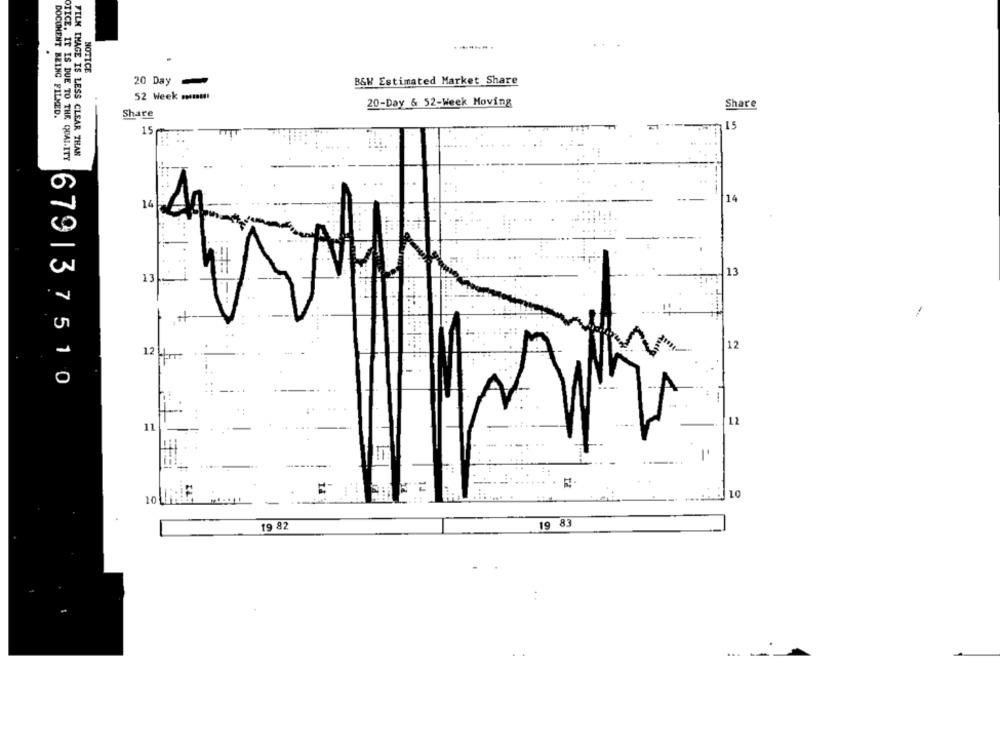
NOTICE
20 Day
-
B&W Estimated Market Share
52 Week must !!
20-Day & 52-Week Moving
Share
Share
DOCUMENT BEING FILMED.
15
15 .
OTICE. IT IS DUE TO THE QUALITY
FILM IMAGE IS LESS CLEAR THAN
14
13
13
:1 ...
12
12
679|37510
12
11
10
19 82
19 83